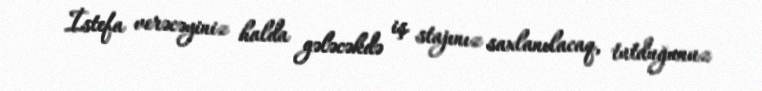
İstefa verəcəyiniz halda gələcəkdə iş stajınız saxlanılacaq, tutduğunuz